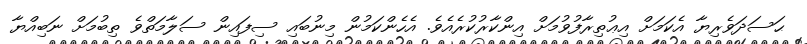
ޙަސަދަވެރިޔާ އެކަމަށް އިޢުތިރާފުވުމަށް އިންކާރުކުރެއެވެ. އެހެންކަމުން މިނުބައި ސިފައިން ސަލާމަތްވެ ތިބުމަށް ނަބިއްޔާ